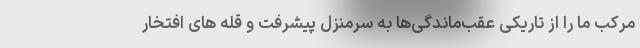
مرکب ما را از تاریکی عقب‌ماندگی‌ها به سرمنزل پیشرفت و قله های افتخار